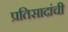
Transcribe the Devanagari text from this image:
प्रतिसादांची